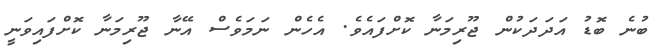
ބުނެ ބޮޑު އަދަދަކުން ޖޫރިމަނާ ކޮށްފައެވެ. އެހެން ނަމަވެސް އޭނާ ޖޫރިމަނާ ކޮށްފައިވަނީ